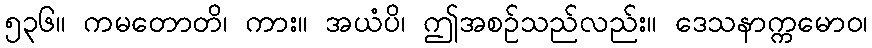
၅၃၆။ ကမတောတိ၊ ကား။ အယံပိ၊ ဤအစဉ်သည်လည်း။ ဒေသနာက္ကမောဝ၊